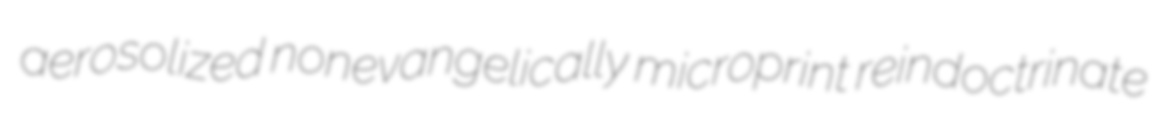
aerosolized nonevangelically microprint reindoctrinate